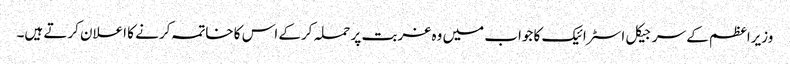
وزیراعظم کے سرجیکل اسٹرائیک کا جواب میں وہ غربت پر حملہ کرکے اس کا خاتمہ کرنے کا اعلان کرتے ہیں۔